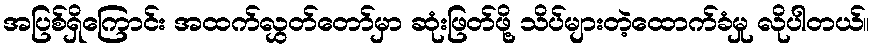
အပြစ်ရှိကြောင်း အထက်လွှတ်တော်မှာ ဆုံးဖြတ်ဖို့ သိပ်များတဲ့ထောက်ခံမှု လိုပါတယ်။